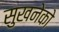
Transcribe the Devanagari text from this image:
सुखनेको